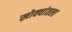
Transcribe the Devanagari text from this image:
खोक्यांतला